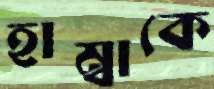
হাম্বাকে